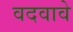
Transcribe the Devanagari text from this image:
वदवावे